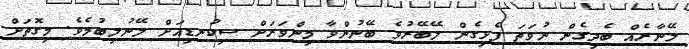
ލޭނާރެއް ބެދިގެން ނުވަތަ ފެޅިގެން ލޭބޭރުވެ ބޭނުންވާ މިންވަރަށް ސިކުނޑިއަށް ލޭނުލިބުމެވެ. މިގޮތަށް